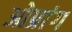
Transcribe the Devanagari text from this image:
ओप्रांग